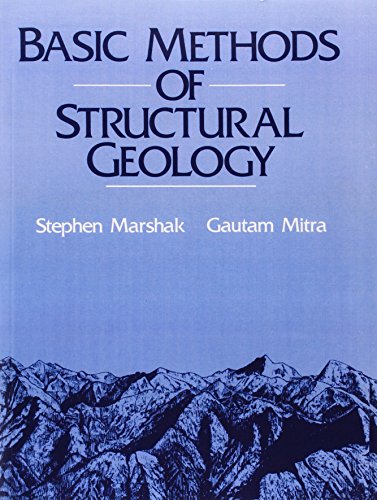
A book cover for Basic Methods of Structural Geology; Stephen Marshak; Science & Math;